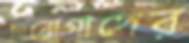
দারোগাদের